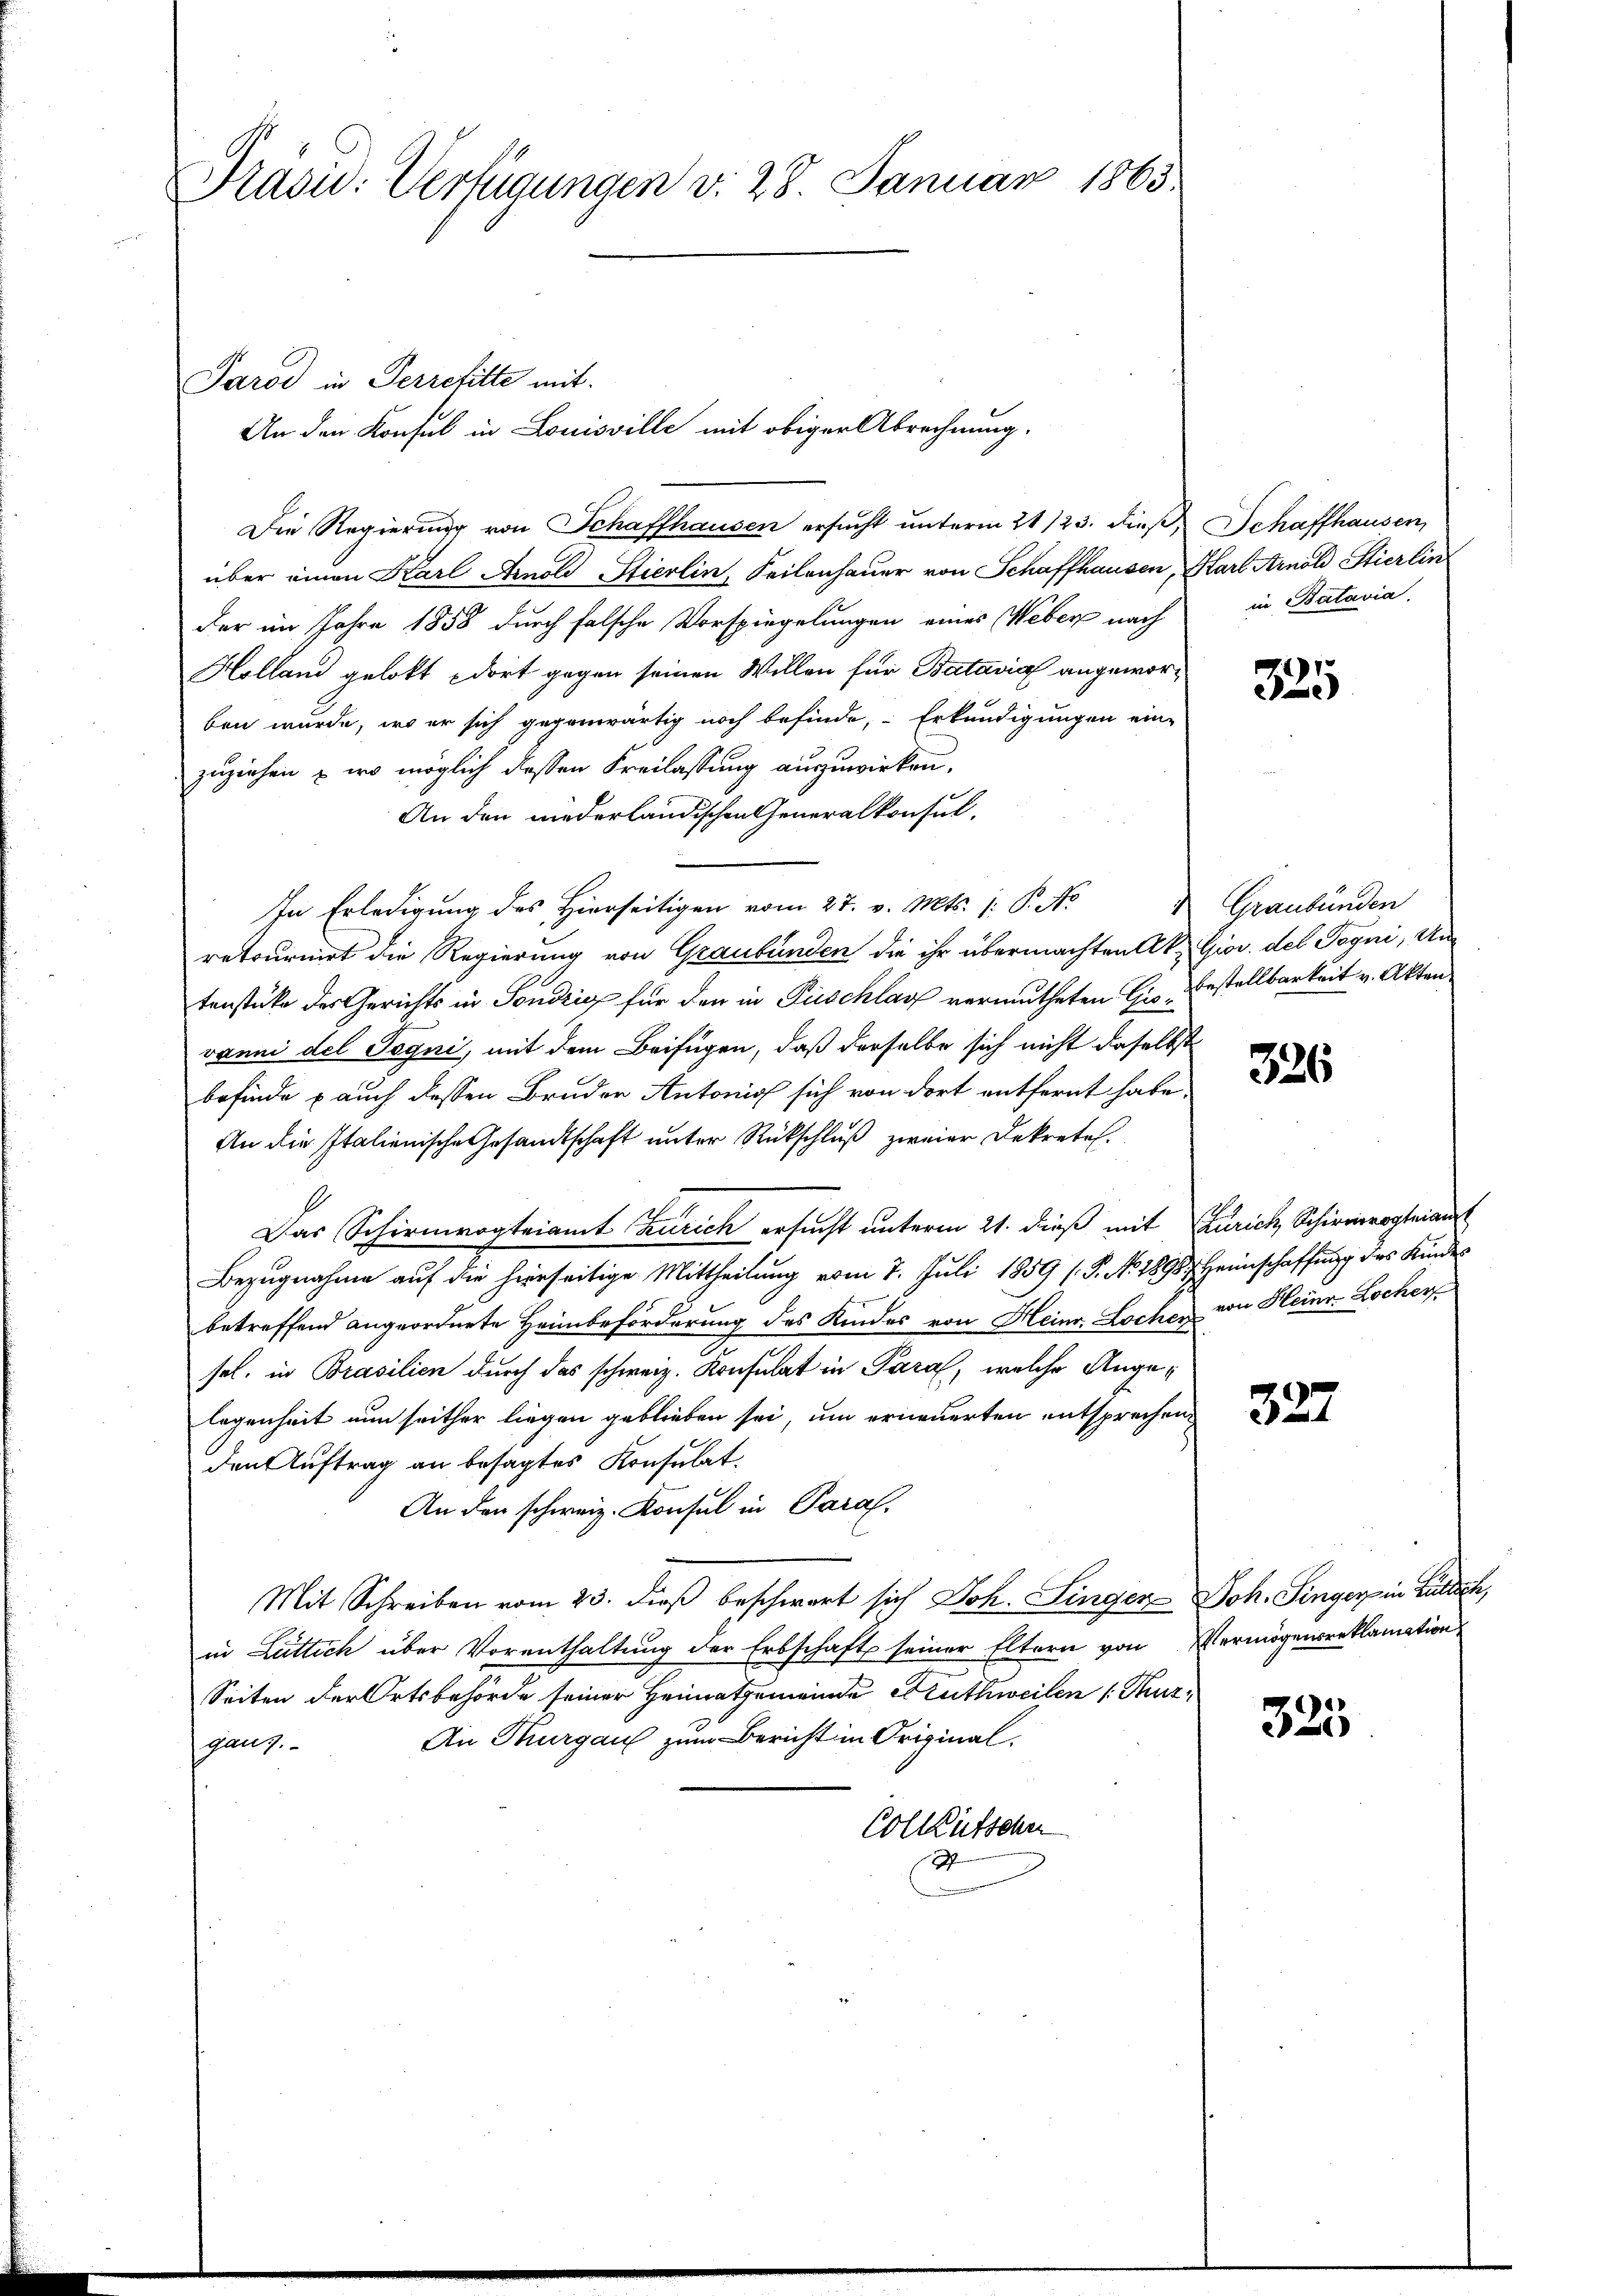
Frasu: Verfügungen v. 28. Januar 1863.

Die Regierung von Schaffhausen ersucht unterm 21/23. dieß, Schaffhausen,
über einen Karl Arnold Stierlin, Seilenhauer von Schaffhausen, Mart Arnold Stierlin
der im Jahre 1858 durch falsche Vorspiegelungen eines Weber nach
Holland gelobt dort gegen seinen Willen für Batavia angeworben wurde, wo er sich gegenwärtig noch befinde, Erkundigungen ein-
zuziehen – wo möglich dessen Freilassung auszuwirken,
An den niederländischen Generalkonsul-
In Erledigung des Hierseitigen vom 27. v. Mts. (: P. N
retournirt die Regierung von Graubünden die ihr übermachten Ak. Gior. des Pegni, Untenstücke des Gerichts in Sondrig für den in Puschlag vermutheten Gr. Bestellbarkeit v. Akten
vanni del Segni, mit dem Beifügen, daß derselbe sich nicht daselbst
befinde & auch dessen Bruder Antonio sich von dort entfernt habe
An die Italienische Gesandtschaft unter Rückschluß zweier Dekretal.
I
Das Schirmvogteiamt Zürich ersucht unterm 21. dieß mit Zürich, Schirmvogteian
Bezugnahme auf die hierseitige Mittheilung vom 7. Juli 1859 (S. No 1898 Heimschaffung des Kindes
betreffend angeordnete Heimbeförderung des Kindes von Heinr. Locher von Heinr. Locher
sel. in Brasilien durch das schweiz. Konsulat in Paral, welche Angelegenheit nun seither liegen geblieben sei, um erneuerten entsprechen
den Auftrag an besagtes Konsulat
An den schweiz. Konsul in Paral.
Mit Schreiben vom 23. dieβ beschwert sich Joh. Singer Joh. Singer in Gülten,
in Luttich über Vorenthaltung der Erbschaft seiner Eltern von Vermögensreklamation
Seiten der Ortsbehörde seiner Heimatgemeinde Fruthweilen s. Thur¬
An Thurgau zum Bericht in Original-
ganz.
Colkutschen

Parod in Perretitte mit

An den Konsul in Louisville mit obiger Abrechnung.

in Batavia.

325

Graubünden

326

327

325